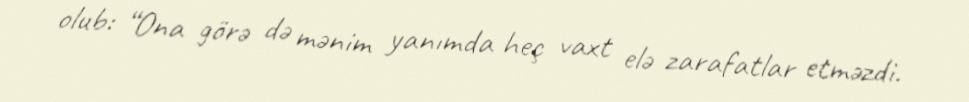
olub: “Ona görə də mənim yanımda heç vaxt elə zarafatlar etməzdi.